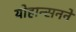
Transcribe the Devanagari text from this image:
योहान्सनने